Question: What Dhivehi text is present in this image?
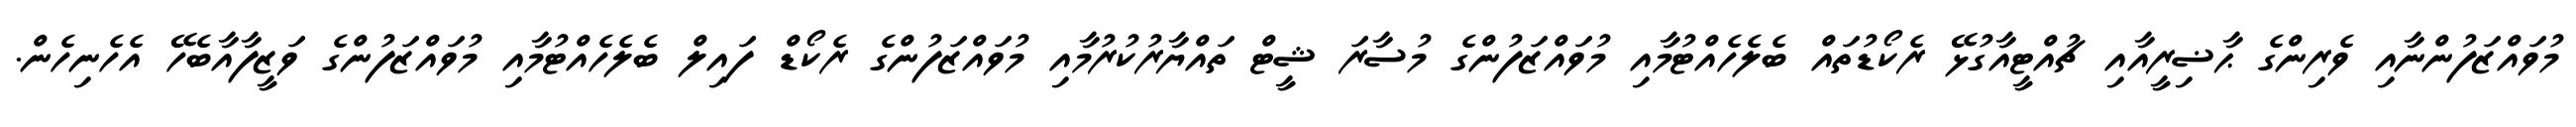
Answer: މުވައްޒަފުންނާއި ވެރިންގެ ޙާޟިރީއާއި ޗުއްޓީއާގުޅޭ ރެކޯޑުތައް ބެލެހެއްޓުމާއި މުވައްޒަފުންގެ މުސާރަ ޝީޓް ތައްޔާރުކުރުމާއި މުވައްޒަފުންގެ ރެކޯޑް ފައިލް ބެލެހެއްޓުމާއި މުވައްޒަފުންގެ ވަޒީފާއާބެހޭ އެހެނިހެން.